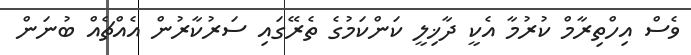
ވެސް އިހްތިރާމް ކުރުމާ އެކީ ދާޚިލީ ކަންކަމުގެ ތެރޭގައި ސަރުކާރުން އެއްޗެއް ބުނަން